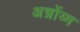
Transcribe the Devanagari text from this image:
अच्रोंय्म